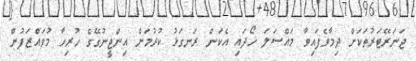
ޖަނަރޭޓަރުތަކަށް ދިމާވެފައިވާ މައްސަލަ ހޯދައި އެކަން ރަނގަޅު ކުރުމަށް އިންޖީނުގޭގެ ހުރިހާ މުވައްޒަފުން